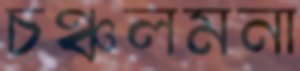
চঞ্চলমনা